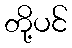
တို့ပင်